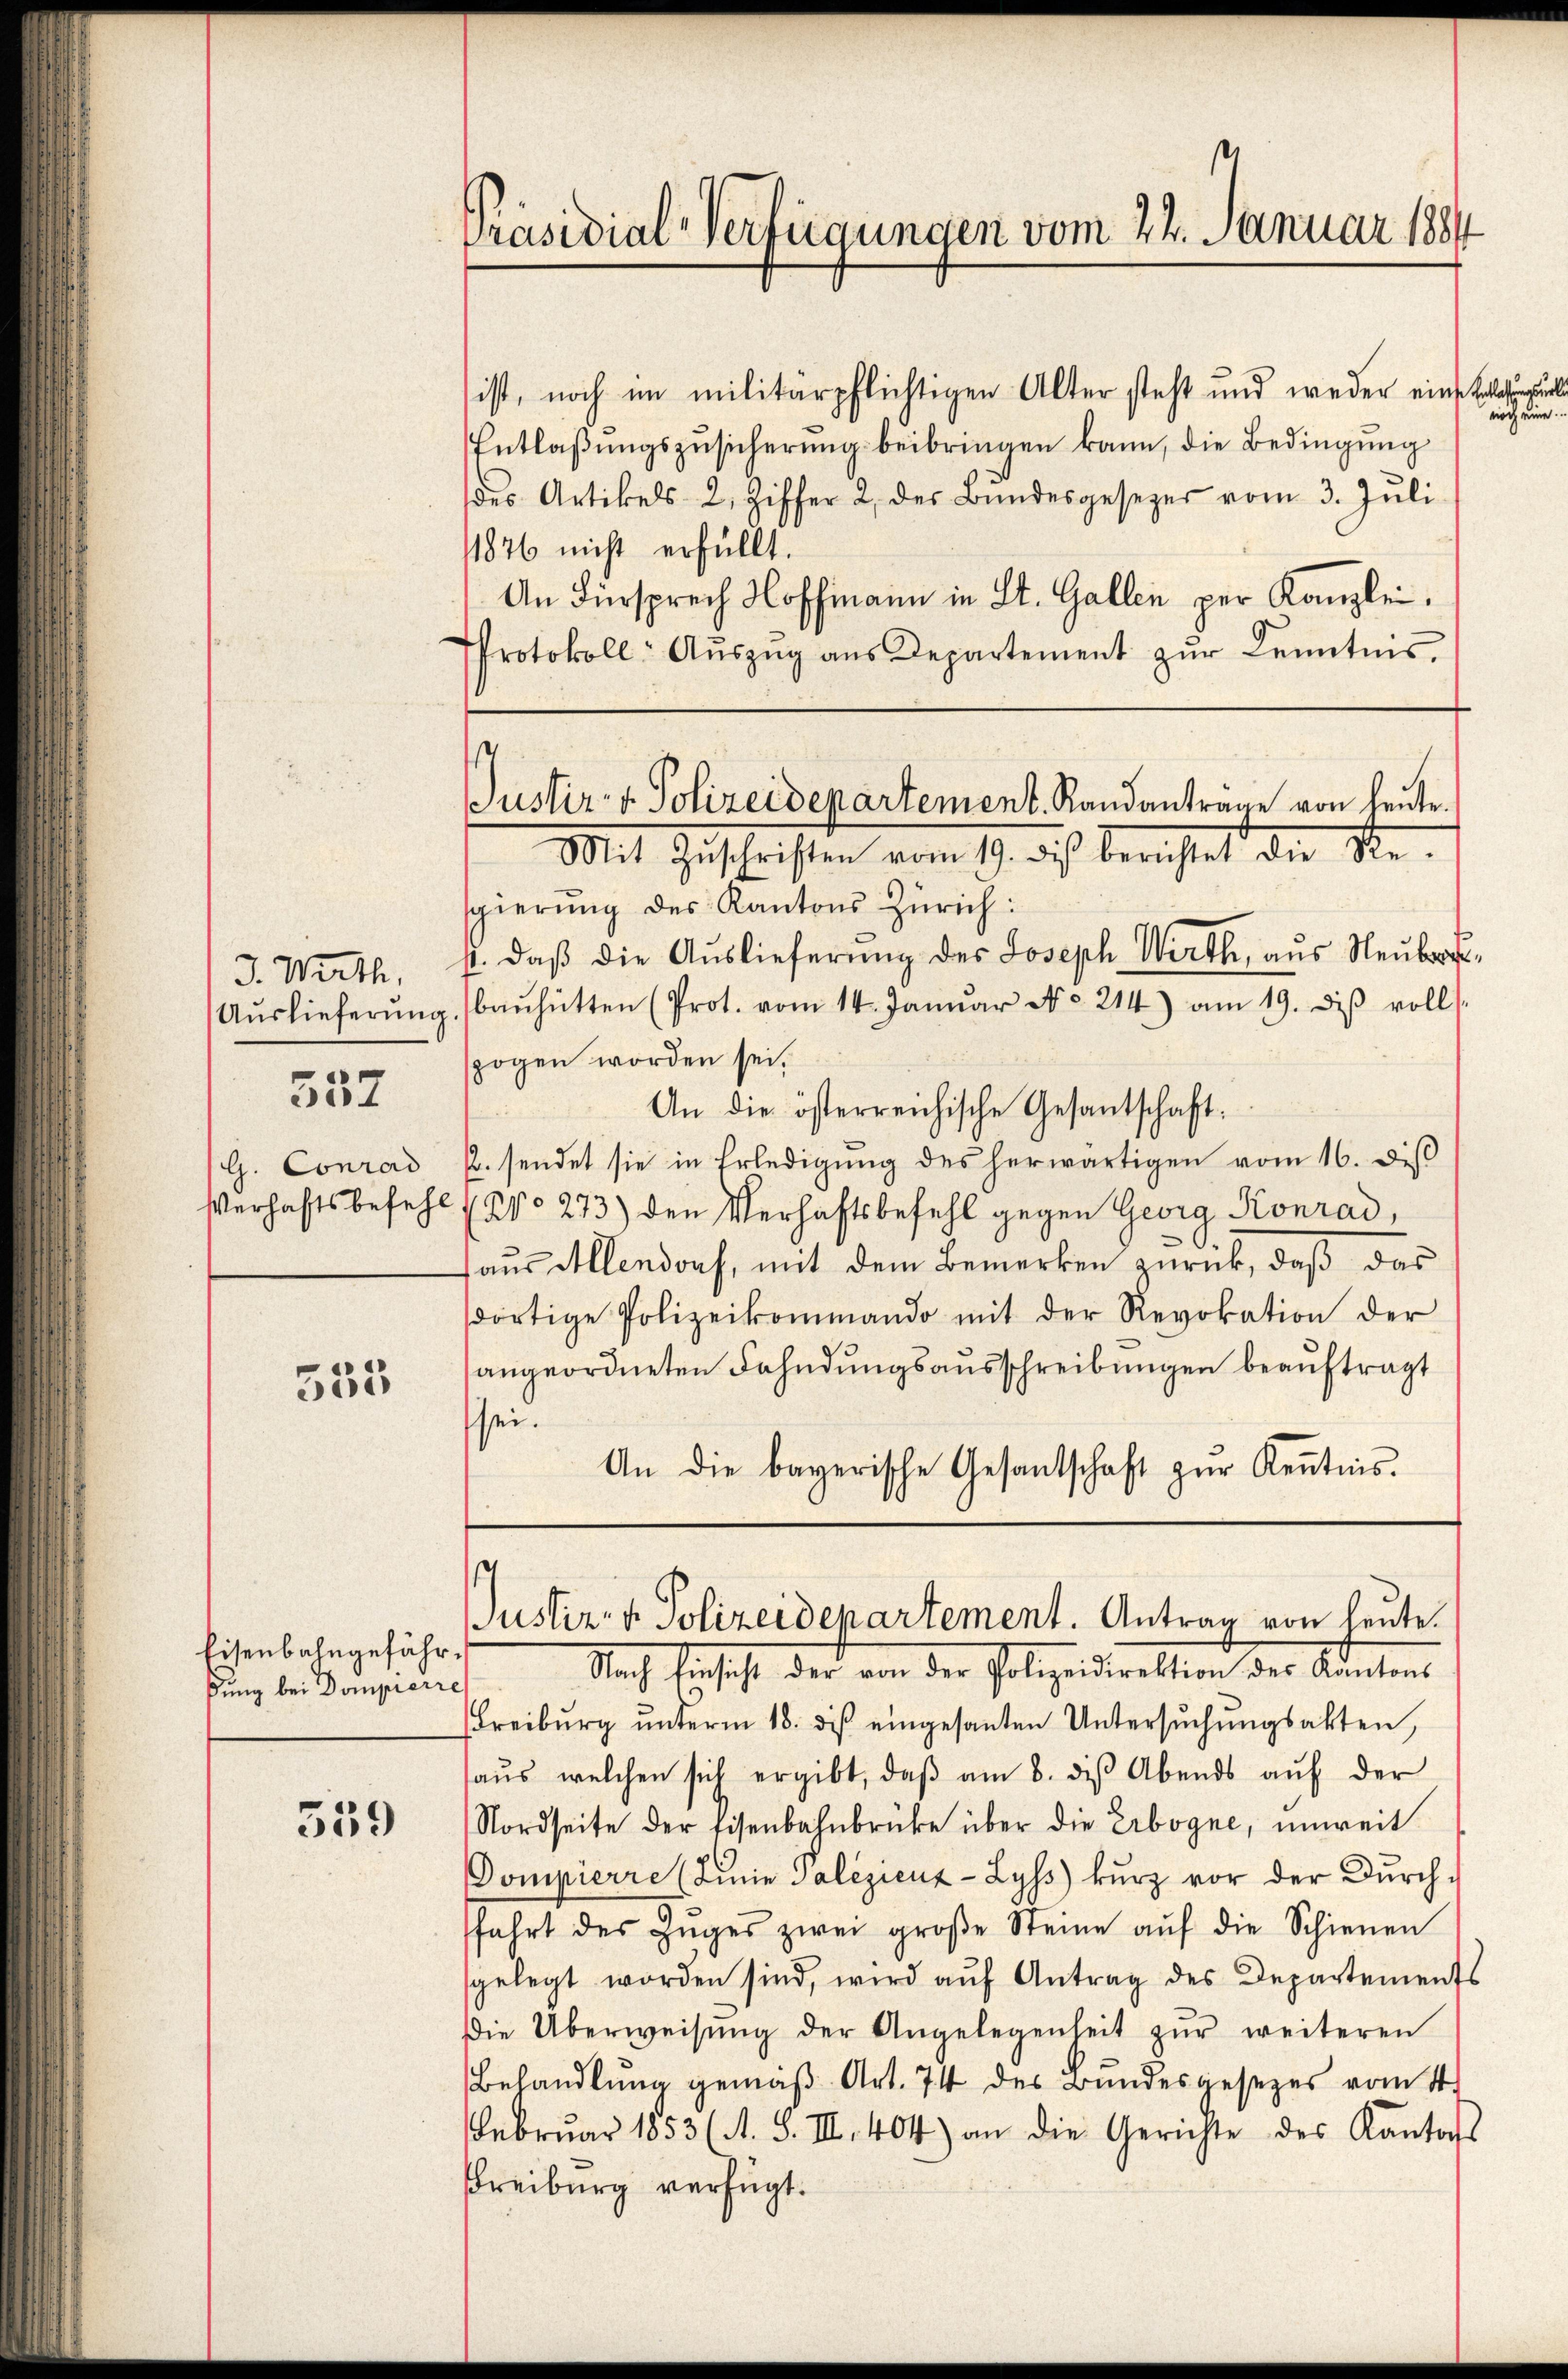
J. Wirth,
Auslieferung

557

G. Concord
Verhaftsbefehl

553

Eisenbahngefähr,
ßung bei Dompierre

359

ist, noch im militärpflichtigen Alter steht und weder eine Verlegung
Entlaßungszusicherung beibringen kann, die Bedingung
des Artikels 2. Ziffer 2, des Bundesgesezer vom 3. Juli
11876 nicht erfüllt.
An Fürsprech Hoffmann in St. Gallen per Kanzlei.
Protokoll- Aŭszŭg aŭs Departement zŭr Kenntnis,

Präsidial-Verfügungen vom 24. Januar 1884

s
Justiz- & Polizeidepartement. Randantrage von heŭte.
Mit Zuschriften vom 19. des berichtet die Re-

sgierŭng des Kantons Zürich:
s. daß die Auslieferung des Joseph Wirth, aus Neubacbaŭhütten (Prot. vom 14. Janŭar No. 214) am 19. diβ voll
zogen worden sei,
An die österreichische Gesantschaft
p. sendet sie in Erledigung des herwärtigen vom 16. diβ
(No 273) den Verhaftsbefehl gegen Georg Konrad,
aus Allendorf, mit dem Bemerken zurück, daß das
dortige Polizeikommando mit der Revokation der
angeordneten Fahndungsausschreibungen beauftragt
sei.
An die bayerische Gesantschaft zŭr Kenntnis.

s
Justiz- & Polizeidepartement. Antrag von heute.

Nach Einsicht der von der Polizeidirektion der Antons
Freiburg ŭnterm 18. des eingesanten Untersŭchŭngsakten,
aŭs, welchen sich ergibt, daβ am 8. diβ Abends aŭf der
Nordseite der Eisenbahnbrücke über die Erbogne, unweit
Dompierre (Linie Salizienz- Lyss) kurz vor der Durchfahrt des Zŭges zwei groβe Steine aŭf die Schienen
sgelegt worden sind, wird aŭf Antrag des Departements
Die Überweisŭng der Angelegenheit zŭr weiteren
Behandlŭng gemäβ Art. 74 des Bŭndesgesezes vom 4.
Februar 1853 (A. S. III. 404) an die Gerichte des Kantons
Freiburg verfügt.

noch eine